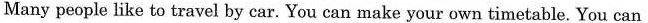
Many people like to travel by car. You can